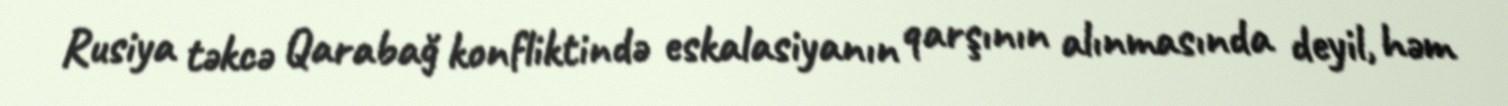
Rusiya təkcə Qarabağ konfliktində eskalasiyanın qarşının alınmasında deyil, həm